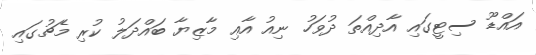
އައްޑޫ ސިޓީގައި އާދިއްތަ ދުވަހު ނިއު އާއި މާޒިޔާ ބައްދަލު ކުރި މެޗުގައި